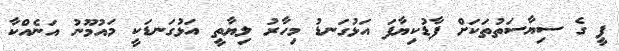
ޕީ ގެ ސިޔާސަތުތަކަށް ފާޑުކިޔާފަ އަޅުގަނޑު މިހާރު ލިޔާތީ އަޅުގަނޑަކީ މައުމޫނު އަނެއްކާ